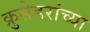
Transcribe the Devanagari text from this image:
क्रुसेडरांच्या